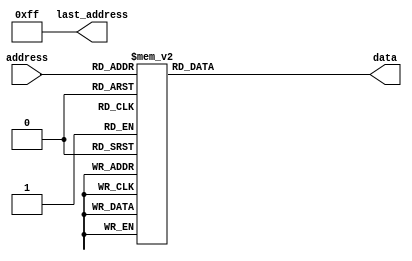
module piano_scale_rom (input [7:0] address, output reg [23:0] data, output [7:0] last_address);
  assign last_address = 255;
  always @ (*) begin
    case(address)
      8'd0: data = 24'd0;
      8'd1: data = 24'd0;
      8'd2: data = 24'd0;
      8'd3: data = 24'd0;
      8'd4: data = 24'd0;
      8'd5: data = 24'd0;
      8'd6: data = 24'd0;
      8'd7: data = 24'd0;
      8'd8: data = 24'd0;
      8'd9: data = 24'd0;
      8'd10: data = 24'd0;
      8'd11: data = 24'd0;
      8'd12: data = 24'd0;
      8'd13: data = 24'd0;
      8'd14: data = 24'd0;
      8'd15: data = 24'd0;
      8'd16: data = 24'd0;
      8'd17: data = 24'd0;
      8'd18: data = 24'd0;
      8'd19: data = 24'd0;
      8'd20: data = 24'd0;
      8'd21: data = 24'd0;
      8'd22: data = 24'd0;
      8'd23: data = 24'd0;
      8'd24: data = 24'd0;
      8'd25: data = 24'd0;
      8'd26: data = 24'd0;
      8'd27: data = 24'd0;
      8'd28: data = 24'd0;
      8'd29: data = 24'd0;
      8'd30: data = 24'd0;
      8'd31: data = 24'd0;
      8'd32: data = 24'd0;
      8'd33: data = 24'd0;
      8'd34: data = 24'd0;
      8'd35: data = 24'd85522;
      8'd36: data = 24'd0;
      8'd37: data = 24'd101703;
      8'd38: data = 24'd128138;
      8'd39: data = 24'd0;
      8'd40: data = 24'd0;
      8'd41: data = 24'd0;
      8'd42: data = 24'd0;
      8'd43: data = 24'd0;
      8'd44: data = 24'd35958;
      8'd45: data = 24'd0;
      8'd46: data = 24'd0;
      8'd47: data = 24'd0;
      8'd48: data = 24'd0;
      8'd49: data = 24'd0;
      8'd50: data = 24'd38096;
      8'd51: data = 24'd42761;
      8'd52: data = 24'd0;
      8'd53: data = 24'd50852;
      8'd54: data = 24'd57079;
      8'd55: data = 24'd64069;
      8'd56: data = 24'd0;
      8'd57: data = 24'd0;
      8'd58: data = 24'd0;
      8'd59: data = 24'd0;
      8'd60: data = 24'd17979;
      8'd61: data = 24'd0;
      8'd62: data = 24'd0;
      8'd63: data = 24'd0;
      8'd64: data = 24'd76191;
      8'd65: data = 24'd0;
      8'd66: data = 24'd13469;
      8'd67: data = 24'd11326;
      8'd68: data = 24'd10690;
      8'd69: data = 24'd90607;
      8'd70: data = 24'd0;
      8'd71: data = 24'd12713;
      8'd72: data = 24'd14270;
      8'd73: data = 24'd143830;
      8'd74: data = 24'd16017;
      8'd75: data = 24'd0;
      8'd76: data = 24'd0;
      8'd77: data = 24'd16970;
      8'd78: data = 24'd15118;
      8'd79: data = 24'd0;
      8'd80: data = 24'd0;
      8'd81: data = 24'd71915;
      8'd82: data = 24'd95995;
      8'd83: data = 24'd9524;
      8'd84: data = 24'd107751;
      8'd85: data = 24'd135758;
      8'd86: data = 24'd11999;
      8'd87: data = 24'd80722;
      8'd88: data = 24'd10090;
      8'd89: data = 24'd120946;
      8'd90: data = 24'd8989;
      8'd91: data = 24'd0;
      8'd92: data = 24'd0;
      8'd93: data = 24'd0;
      8'd94: data = 24'd114158;
      8'd95: data = 24'd0;
      8'd96: data = 24'd0;
      8'd97: data = 24'd0;
      8'd98: data = 24'd26938;
      8'd99: data = 24'd22652;
      8'd100: data = 24'd21380;
      8'd101: data = 24'd45304;
      8'd102: data = 24'd0;
      8'd103: data = 24'd25426;
      8'd104: data = 24'd28539;
      8'd105: data = 24'd71915;
      8'd106: data = 24'd32035;
      8'd107: data = 24'd0;
      8'd108: data = 24'd0;
      8'd109: data = 24'd33939;
      8'd110: data = 24'd30237;
      8'd111: data = 24'd0;
      8'd112: data = 24'd0;
      8'd113: data = 24'd35958;
      8'd114: data = 24'd47998;
      8'd115: data = 24'd19048;
      8'd116: data = 24'd53756;
      8'd117: data = 24'd67879;
      8'd118: data = 24'd23999;
      8'd119: data = 24'd40361;
      8'd120: data = 24'd20180;
      8'd121: data = 24'd60473;
      8'd122: data = 24'd17979;
      8'd123: data = 24'd0;
      8'd124: data = 24'd0;
      8'd125: data = 24'd0;
      8'd126: data = 24'd0;
      8'd127: data = 24'd0;
      8'd128: data = 24'd0;
      8'd129: data = 24'd0;
      8'd130: data = 24'd0;
      8'd131: data = 24'd0;
      8'd132: data = 24'd0;
      8'd133: data = 24'd0;
      8'd134: data = 24'd0;
      8'd135: data = 24'd0;
      8'd136: data = 24'd0;
      8'd137: data = 24'd0;
      8'd138: data = 24'd0;
      8'd139: data = 24'd0;
      8'd140: data = 24'd0;
      8'd141: data = 24'd0;
      8'd142: data = 24'd0;
      8'd143: data = 24'd0;
      8'd144: data = 24'd0;
      8'd145: data = 24'd0;
      8'd146: data = 24'd0;
      8'd147: data = 24'd0;
      8'd148: data = 24'd0;
      8'd149: data = 24'd0;
      8'd150: data = 24'd0;
      8'd151: data = 24'd0;
      8'd152: data = 24'd0;
      8'd153: data = 24'd0;
      8'd154: data = 24'd0;
      8'd155: data = 24'd0;
      8'd156: data = 24'd0;
      8'd157: data = 24'd0;
      8'd158: data = 24'd0;
      8'd159: data = 24'd0;
      8'd160: data = 24'd0;
      8'd161: data = 24'd0;
      8'd162: data = 24'd0;
      8'd163: data = 24'd0;
      8'd164: data = 24'd0;
      8'd165: data = 24'd0;
      8'd166: data = 24'd0;
      8'd167: data = 24'd0;
      8'd168: data = 24'd0;
      8'd169: data = 24'd0;
      8'd170: data = 24'd0;
      8'd171: data = 24'd0;
      8'd172: data = 24'd0;
      8'd173: data = 24'd0;
      8'd174: data = 24'd0;
      8'd175: data = 24'd0;
      8'd176: data = 24'd0;
      8'd177: data = 24'd0;
      8'd178: data = 24'd0;
      8'd179: data = 24'd0;
      8'd180: data = 24'd0;
      8'd181: data = 24'd0;
      8'd182: data = 24'd0;
      8'd183: data = 24'd0;
      8'd184: data = 24'd0;
      8'd185: data = 24'd0;
      8'd186: data = 24'd0;
      8'd187: data = 24'd0;
      8'd188: data = 24'd0;
      8'd189: data = 24'd0;
      8'd190: data = 24'd0;
      8'd191: data = 24'd0;
      8'd192: data = 24'd0;
      8'd193: data = 24'd0;
      8'd194: data = 24'd0;
      8'd195: data = 24'd0;
      8'd196: data = 24'd0;
      8'd197: data = 24'd0;
      8'd198: data = 24'd0;
      8'd199: data = 24'd0;
      8'd200: data = 24'd0;
      8'd201: data = 24'd0;
      8'd202: data = 24'd0;
      8'd203: data = 24'd0;
      8'd204: data = 24'd0;
      8'd205: data = 24'd0;
      8'd206: data = 24'd0;
      8'd207: data = 24'd0;
      8'd208: data = 24'd0;
      8'd209: data = 24'd0;
      8'd210: data = 24'd0;
      8'd211: data = 24'd0;
      8'd212: data = 24'd0;
      8'd213: data = 24'd0;
      8'd214: data = 24'd0;
      8'd215: data = 24'd0;
      8'd216: data = 24'd0;
      8'd217: data = 24'd0;
      8'd218: data = 24'd0;
      8'd219: data = 24'd0;
      8'd220: data = 24'd0;
      8'd221: data = 24'd0;
      8'd222: data = 24'd0;
      8'd223: data = 24'd0;
      8'd224: data = 24'd0;
      8'd225: data = 24'd0;
      8'd226: data = 24'd0;
      8'd227: data = 24'd0;
      8'd228: data = 24'd0;
      8'd229: data = 24'd0;
      8'd230: data = 24'd0;
      8'd231: data = 24'd0;
      8'd232: data = 24'd0;
      8'd233: data = 24'd0;
      8'd234: data = 24'd0;
      8'd235: data = 24'd0;
      8'd236: data = 24'd0;
      8'd237: data = 24'd0;
      8'd238: data = 24'd0;
      8'd239: data = 24'd0;
      8'd240: data = 24'd0;
      8'd241: data = 24'd0;
      8'd242: data = 24'd0;
      8'd243: data = 24'd0;
      8'd244: data = 24'd0;
      8'd245: data = 24'd0;
      8'd246: data = 24'd0;
      8'd247: data = 24'd0;
      8'd248: data = 24'd0;
      8'd249: data = 24'd0;
      8'd250: data = 24'd0;
      8'd251: data = 24'd0;
      8'd252: data = 24'd0;
      8'd253: data = 24'd0;
      8'd254: data = 24'd0;
      8'd255: data = 24'd0;
    endcase
  end
endmodule